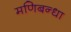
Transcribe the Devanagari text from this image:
मणिबन्धा